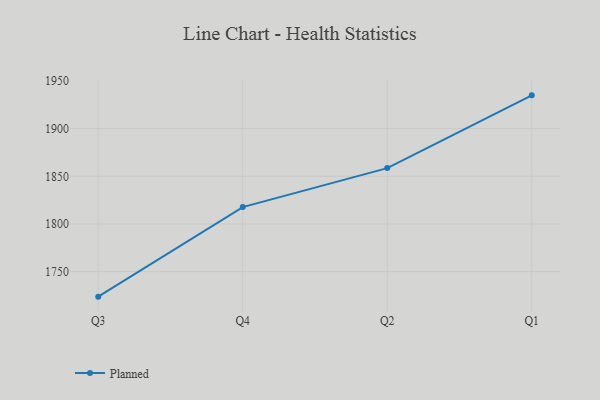
{"axis": {"x": "Quarter", "y": "Active Users"}, "legend": ["Planned"], "data": [{"x": "Q3", "y": 1723.8, "type": "Planned"}, {"x": "Q4", "y": 1817.7, "type": "Planned"}, {"x": "Q2", "y": 1858.6, "type": "Planned"}, {"x": "Q1", "y": 1934.9, "type": "Planned"}]}